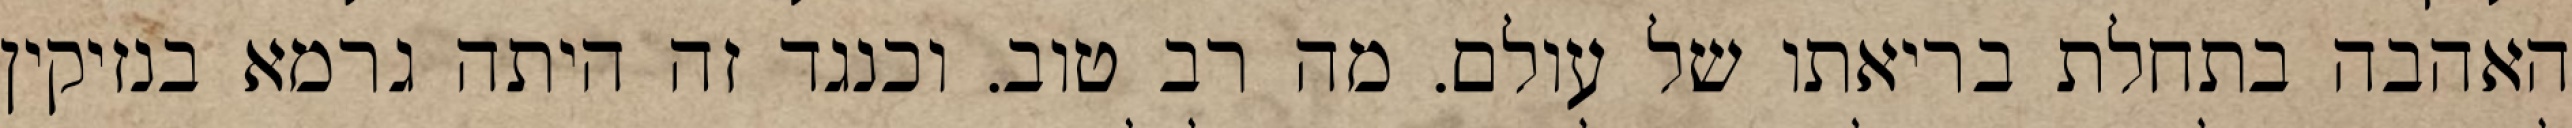
האהבה בתחלת בריאתו של עולם. מה רב טוב. וכנגד זה היתה גרמא בנזיקין